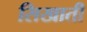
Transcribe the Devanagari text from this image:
सिखाती